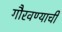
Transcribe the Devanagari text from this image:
गौरवण्याची